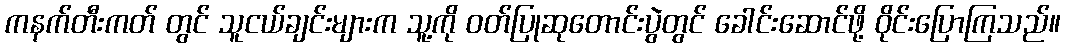
ကနက်တီးကတ် တွင် သူငယ်ချင်းများက သူ့ကို ဝတ်ပြုဆုတောင်းပွဲတွင် ခေါင်းဆောင်ဖို့ ဝိုင်းပြောကြသည်။